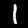
Label: 1